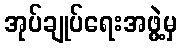
အုပ်ချုပ်ရေးအဖွဲ့မှ